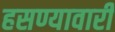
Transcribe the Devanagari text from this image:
हसण्यावारी